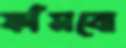
ফাঁসবো